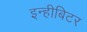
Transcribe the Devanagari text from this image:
इन्हीबिटर